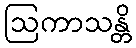
ဩကာသန္တိ